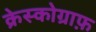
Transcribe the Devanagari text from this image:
क्रेस्कोग्राफ़